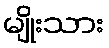
မျိုးသား